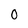
Character: 0